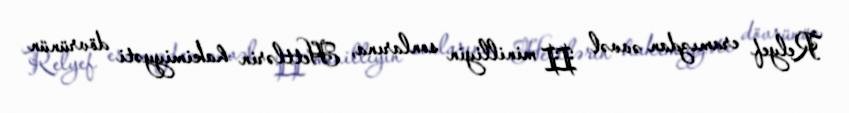
Relyef eramızdan əvvəl II minilliyin sonlarına, Hettlərin hakimiyyəti dövrünün